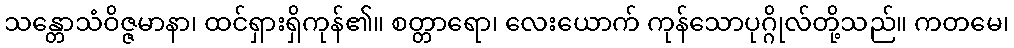
သန္တောသံဝိဇ္ဇမာနာ၊ ထင်ရှားရှိကုန်၏။ စတ္တာရော၊ လေးယောက် ကုန်သောပုဂ္ဂိုလ်တို့သည်။ ကတမေ၊